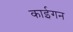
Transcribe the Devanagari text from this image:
काईगन